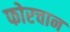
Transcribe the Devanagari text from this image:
फोरचान